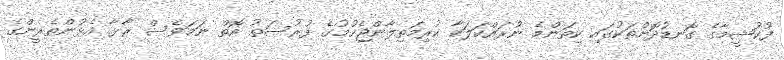
ފުކުޝީމާގެ ގޮނޑުދޮށްތަކުގައި ކިތަންމެ ނުރައްކަލަކާ ކުރިމަތިލާންޖެހުމުގެ ފުރުސަތު އޮތް ނަމަވެސް ރާޅާ އެޅުންތެރީންގެ